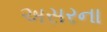
અસરના